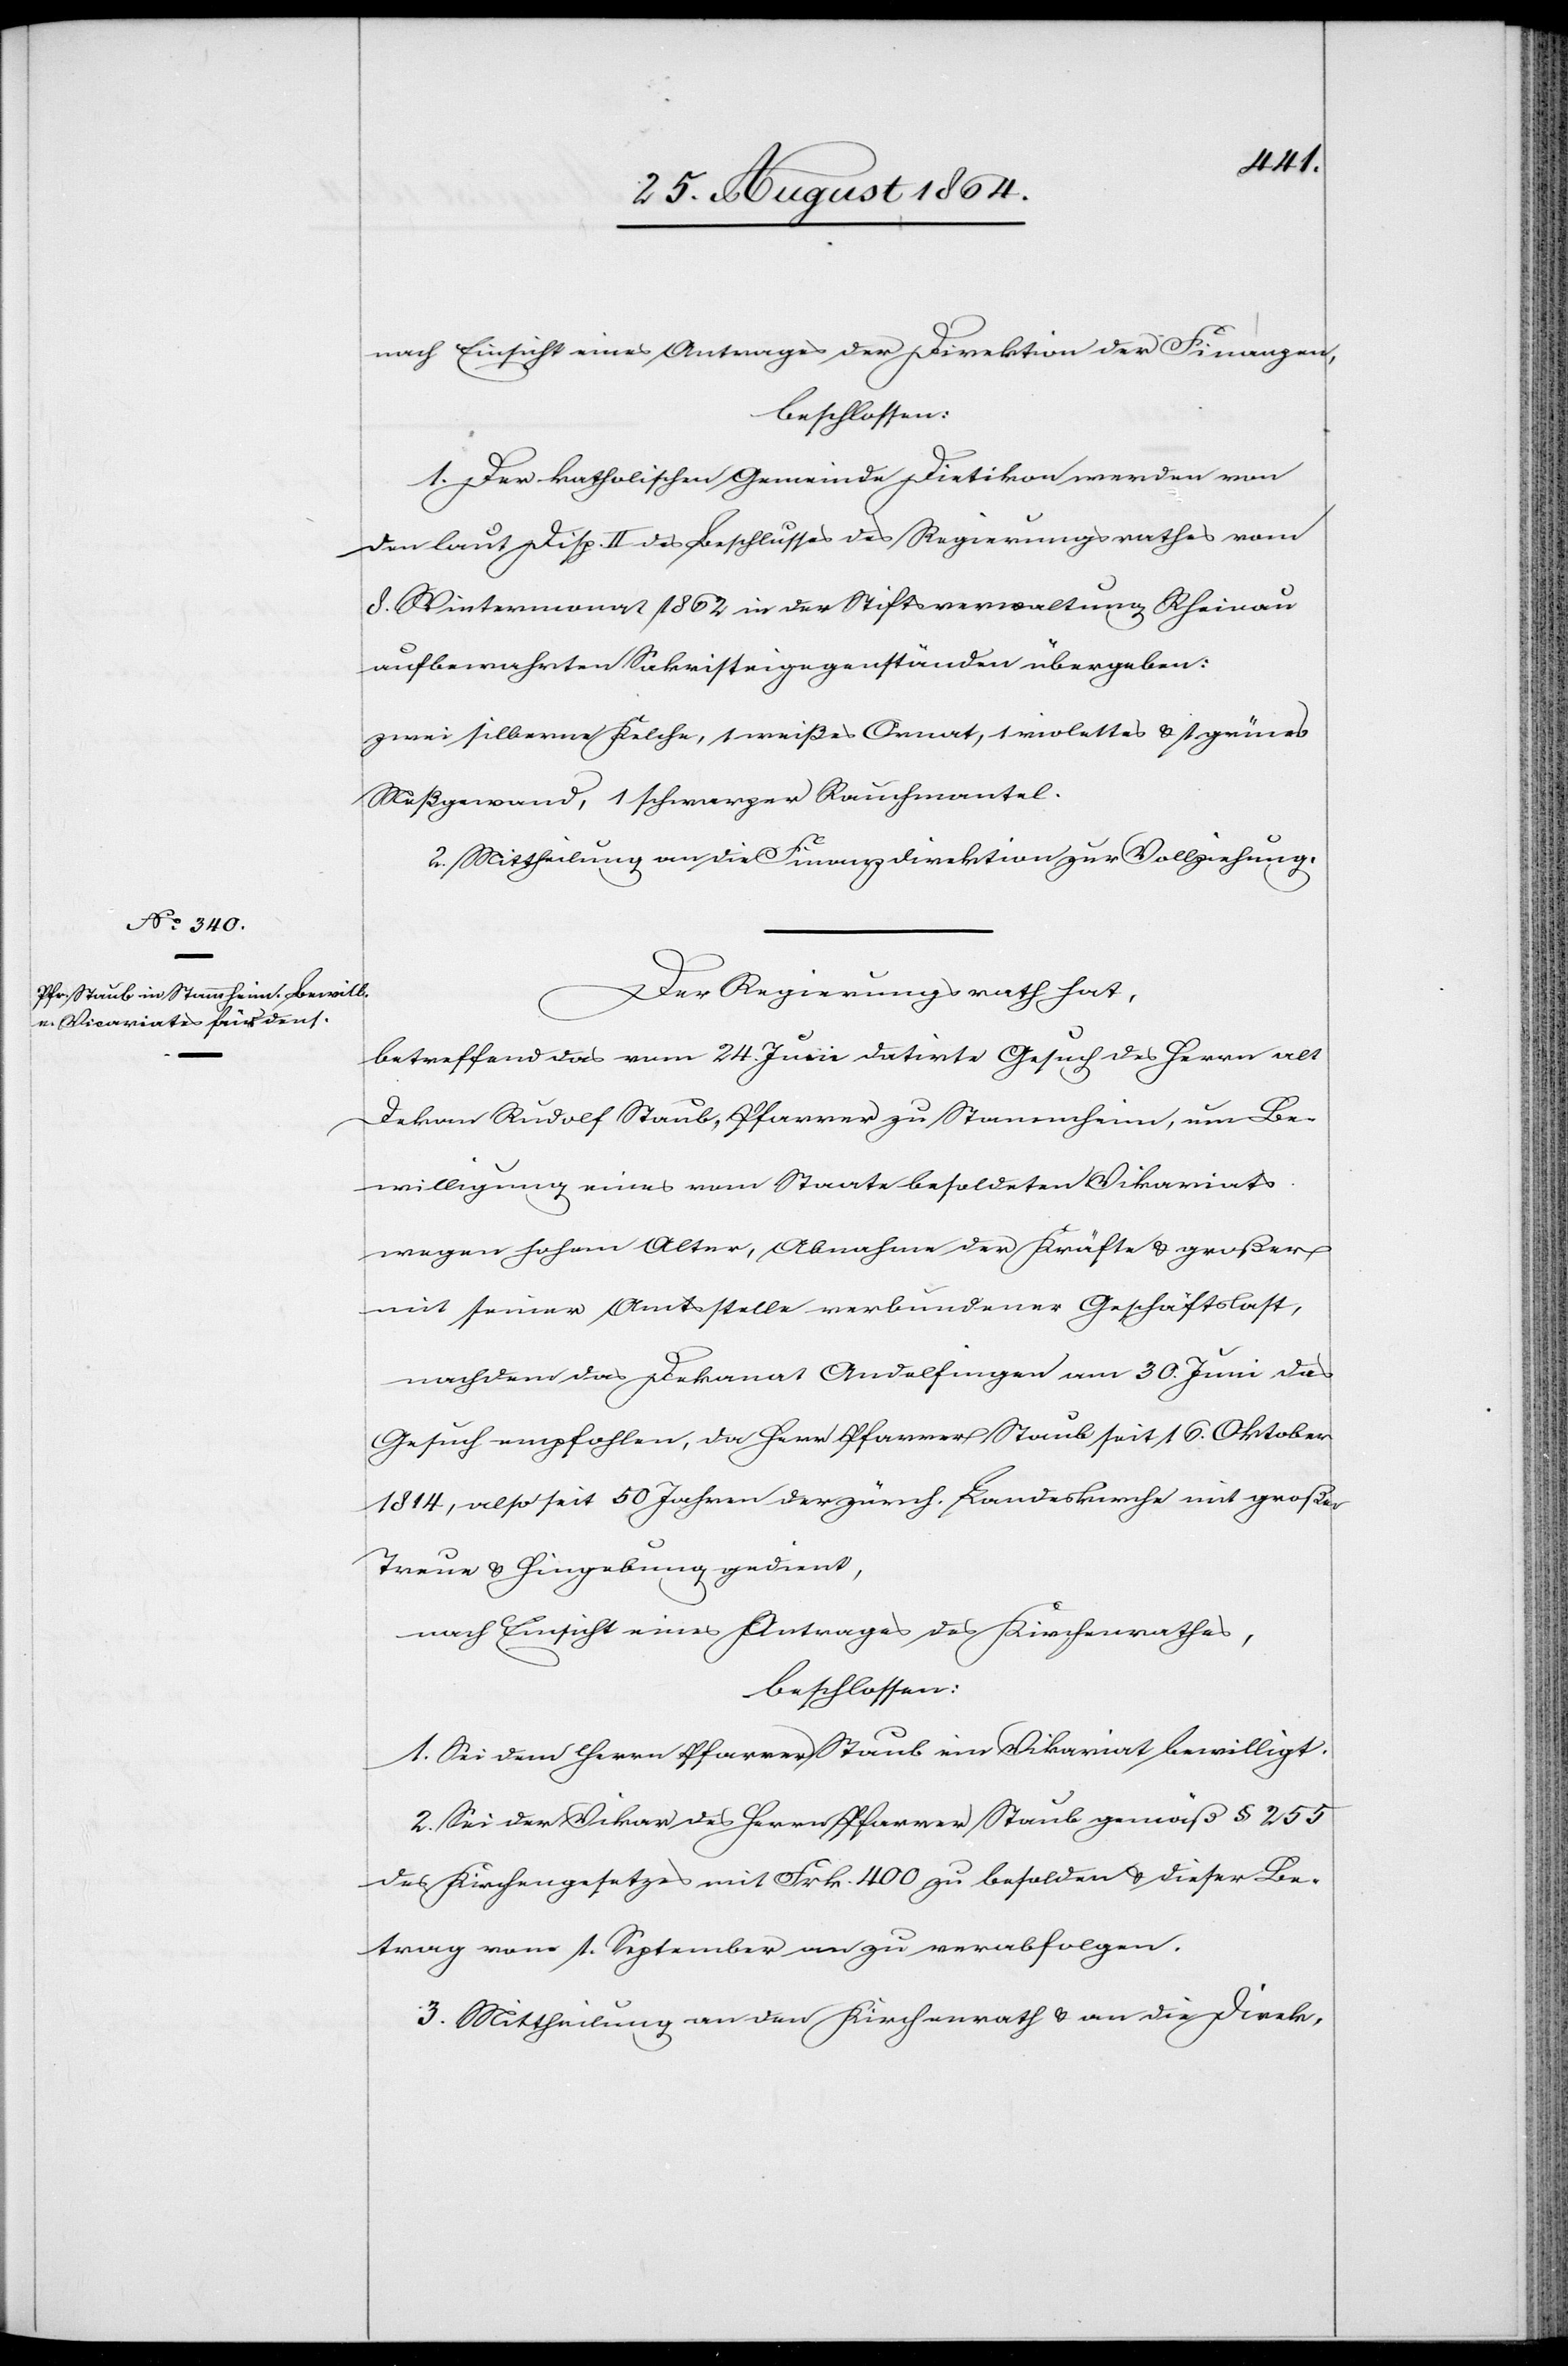
nach Einsicht eines Antrages der Direktion der Finanzen,
beschlossen:
1. Der katholischen Gemeinde Dietikon werden von
dem laut Disp. II des Beschlusses des Regierungsrathes vom
8. Wintermonat 1862 in der Stiftsverwaltung Rheinau
aufbewahrten Sakristeigegenständen übergeben:
zwei silberne Kelche, 1 weißes Ornat, 1 violettes & 1 grünes
Meßgewand, 1 schwarzer Rauchmantel.
2. Mittheilung an die Finanzdirektion zur Vollziehung.
Der Regierungsrath hat,
betreffend das vom 24. Juni datirte Gesuch des Herrn alt
Dekan Rudolf Staub, Pfarrer zu Stammheim, um Be¬
willigung eines vom Staate besoldeten Vikariats
wegen hohem Alter, Abnahme der Kräfte & großer
mit seiner Amtsstelle verbundenen Geschäftslast,
nachdem das Dekanat Andelfingen am 30. Juni das
Gesuch empfohlen, da Herr Pfarrer Staub seit 16. Oktober
1814, also seit 50 Jahren der zürch. Landeskirche mit großer
Treue & Hingebung gedient,
nach Einsicht eines Antrages des Kirchenrathes,
beschlossen:
1. Sei dem Herrn Pfarrer Staub ein Vikariat bewilligt.
2. Sei der Vikar des Herrn Pfarrer Staub gemäß § 255
des Kirchengesetzes mit Frk. 400 zu besolden & dieser Be¬
trag vom 1. September an zu verabfolgen.
3. Mittheilung an den Kirchenrath & an die Direk-